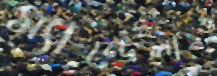
ম্যান্ডেলাও